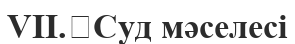
VII.	Суд мәселесі